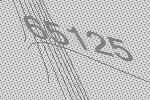
65125